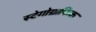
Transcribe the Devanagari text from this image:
स्टेगोग्राफिक